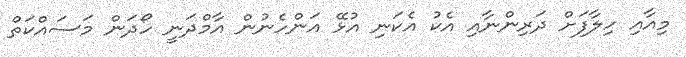
މިއާއި ހިލާފަށް ދަރިންނާއި އެކު އެކަނި އުޅޭ އަންހެނުން އާމްދަނީ ހޯދަން މަސައްކަތް